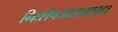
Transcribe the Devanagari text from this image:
निःशेषजाड्यापहा